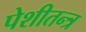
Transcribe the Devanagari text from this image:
पेशीतन्त्र